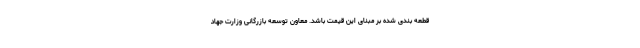
قطعه بندی شده بر مبنای این قیمت باشد. معاون توسعه بازرگانی وزارت جهاد